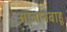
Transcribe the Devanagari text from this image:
आजानबाहू